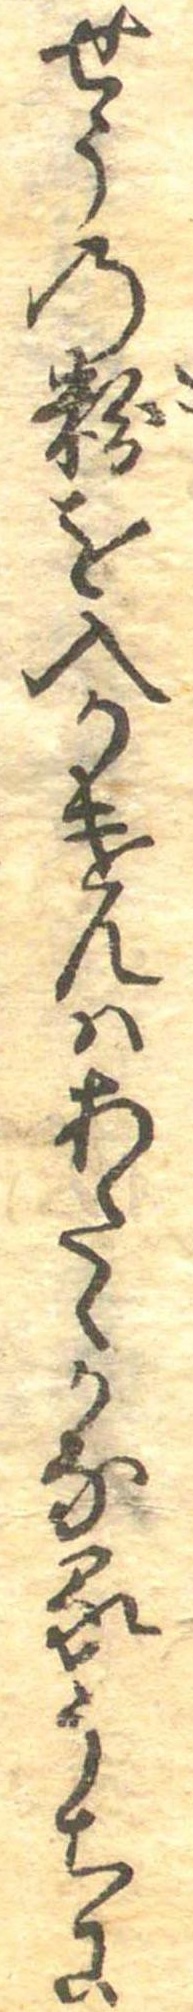
せうの粉を入かけんはあたたかなるうちに